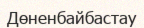
Дөненбайбастау